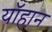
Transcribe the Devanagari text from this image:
यॉहान